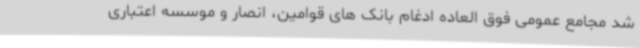
شد مجامع عمومی فوق العاده ادغام بانک های قوامین، انصار و موسسه اعتباری